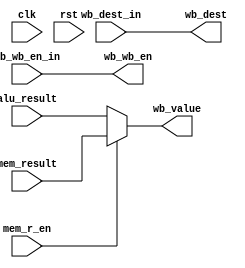
module WB_Stage (input clk, rst, input [31:0]alu_result, mem_result,
    input mem_r_en, input [3:0]wb_dest_in, input wb_wb_en_in,
    output [3:0]  wb_dest, output [31:0]wb_value, output wb_wb_en);

    assign wb_dest = wb_dest_in;
    assign wb_wb_en = wb_wb_en_in;
    assign wb_value = mem_r_en ? mem_result : alu_result;

endmodule